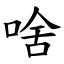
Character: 啥